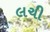
લચી